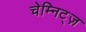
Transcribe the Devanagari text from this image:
चेम्निट्ज़